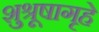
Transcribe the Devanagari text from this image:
शुश्रूषागृहे